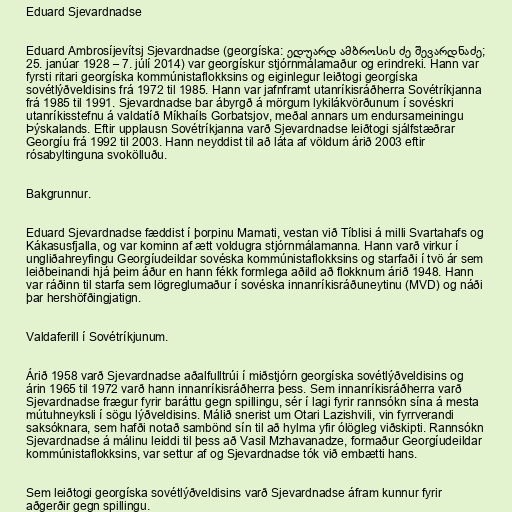
Eduard Sjevardnadse

Eduard Ambrosíjevítsj Sjevardnadse (georgíska: ედუარდ ამბროსის ძე შევარდნაძე;
25. janúar 1928 – 7. júlí 2014) var georgískur stjórnmálamaður og erindreki. Hann var
fyrsti ritari georgíska kommúnistaflokksins og eiginlegur leiðtogi georgíska
sovétlýðveldisins frá 1972 til 1985. Hann var jafnframt utanríkisráðherra Sovétríkjanna
frá 1985 til 1991. Sjevardnadse bar ábyrgð á mörgum lykilákvörðunum í sovéskri
utanríkisstefnu á valdatíð Míkhaíls Gorbatsjov, meðal annars um endursameiningu
Þýskalands. Eftir upplausn Sovétríkjanna varð Sjevardnadse leiðtogi sjálfstæðrar
Georgíu frá 1992 til 2003. Hann neyddist til að láta af völdum árið 2003 eftir
rósabyltinguna svokölluðu.

Bakgrunnur.

Eduard Sjevardnadse fæddist í þorpinu Mamati, vestan við Tíblisi á milli Svartahafs og
Kákasusfjalla, og var kominn af ætt voldugra stjórnmálamanna. Hann varð virkur í
ungliðahreyfingu Georgíudeildar sovéska kommúnistaflokksins og starfaði í tvö ár sem
leiðbeinandi hjá þeim áður en hann fékk formlega aðild að flokknum árið 1948. Hann
var ráðinn til starfa sem lögreglumaður í sovéska innanríkisráðuneytinu (MVD) og náði
þar hershöfðingjatign.

Valdaferill í Sovétríkjunum.

Árið 1958 varð Sjevardnadse aðalfulltrúi í miðstjórn georgíska sovétlýðveldisins og
árin 1965 til 1972 varð hann innanríkisráðherra þess. Sem innanríkisráðherra varð
Sjevardnadse frægur fyrir baráttu gegn spillingu, sér í lagi fyrir rannsókn sína á mesta
mútuhneyksli í sögu lýðveldisins. Málið snerist um Otari Lazishvili, vin fyrrverandi
saksóknara, sem hafði notað sambönd sín til að hylma yfir ólögleg viðskipti. Rannsókn
Sjevardnadse á málinu leiddi til þess að Vasil Mzhavanadze, formaður Georgíudeildar
kommúnistaflokksins, var settur af og Sjevardnadse tók við embætti hans.

Sem leiðtogi georgíska sovétlýðveldisins varð Sjevardnadse áfram kunnur fyrir
aðgerðir gegn spillingu.